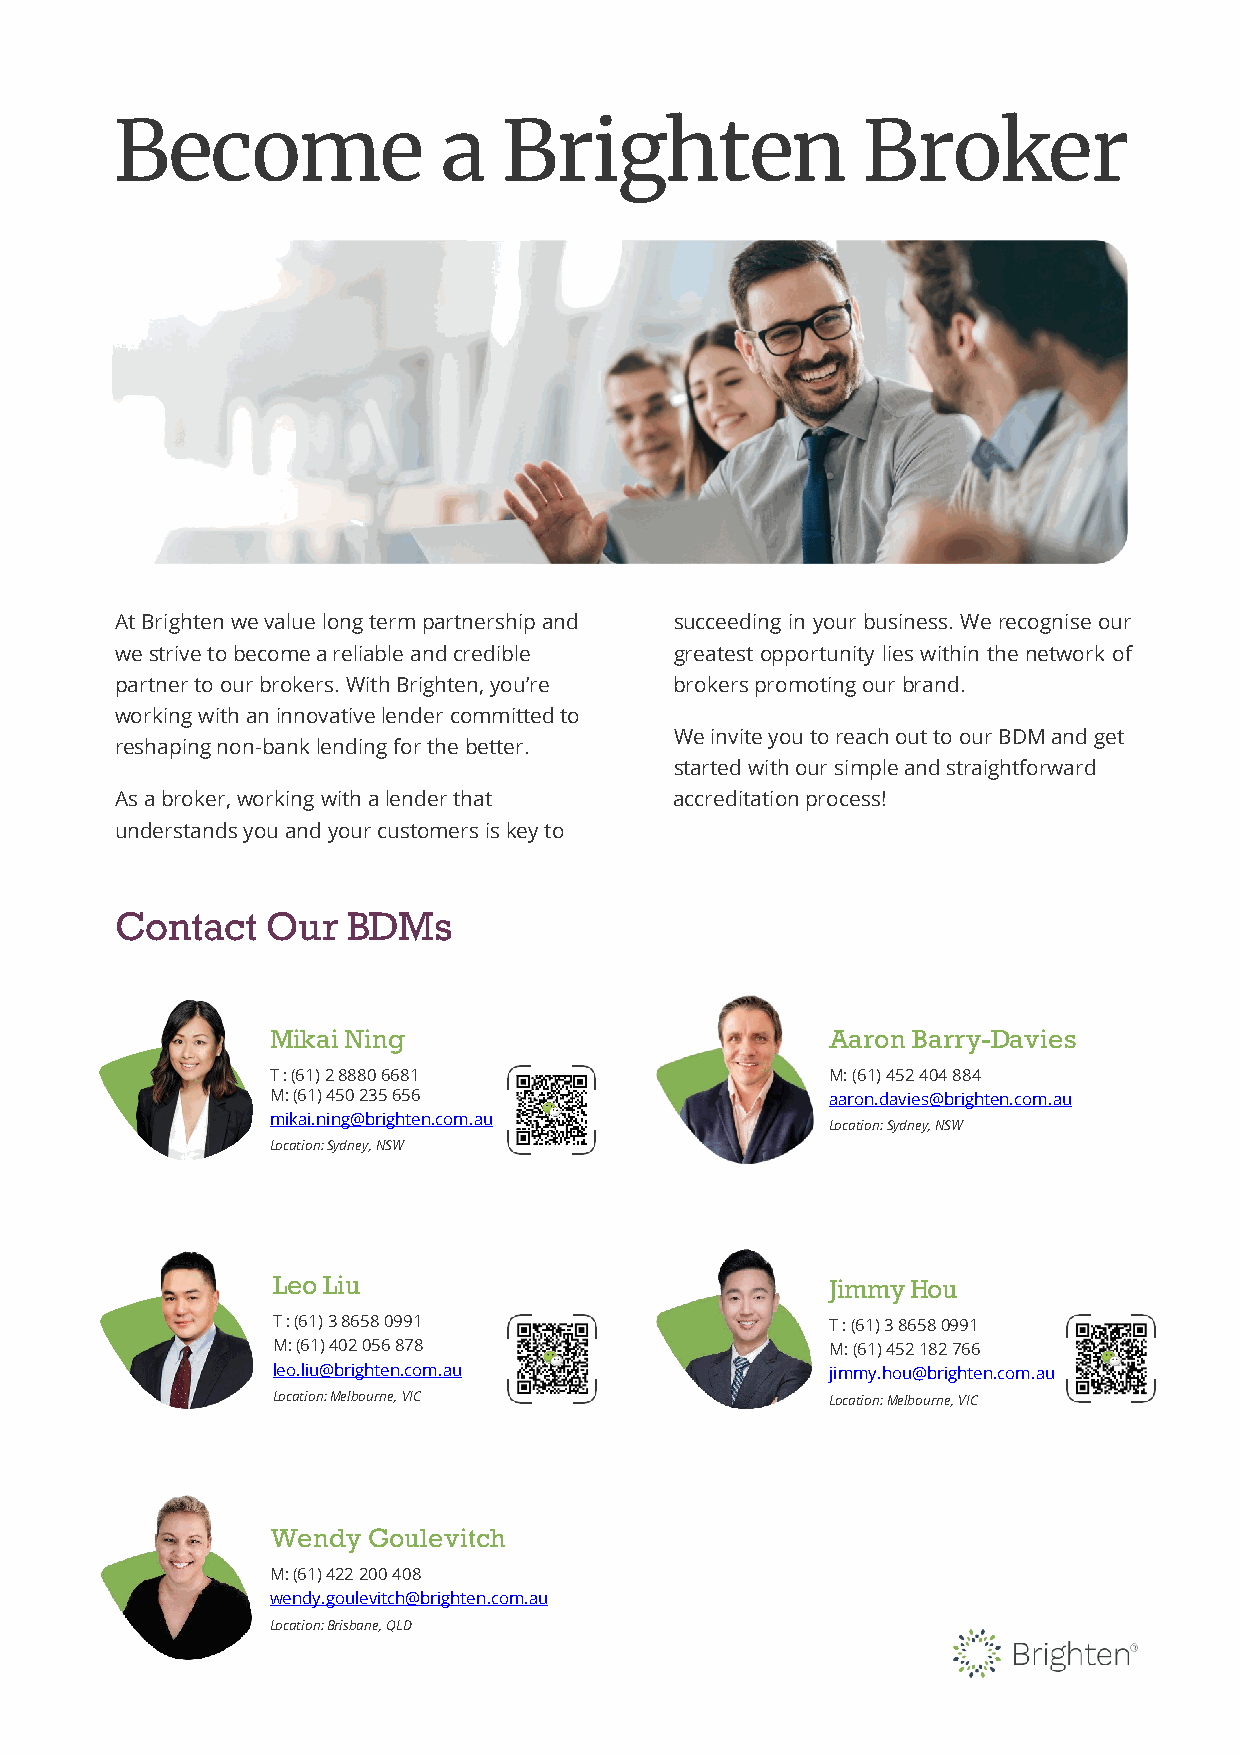
Become                a   Brighten                Broker
 AtBrightenwevaluelongtermpartnershipand succeeding in your business. We recognise our
 westrivetobecomea reliable andcredible greatest opportunity lies within the network of
 partnertoourbrokers.WithBrighten,you’re brokerspromotingourbrand.
 workingwithaninnovativelendercommittedto
 WeinviteyoutoreachouttoourBDMandget
 reshaping non-banklendingforthebetter.
 started withour simpleandstraightforward
 Asabroker,workingwithalenderthat     accreditation process!
 understandsyouandyourcustomersiskeyto
 Contact   Our  BDMs
 MikaiNing                            Aaron Barry-Davies
 T:(61)288806681                      M: (61) 452 404 884
 M:(61)450235656                      aaron.davies@brighten.com.au
 mikai.ning@brighten.com.au
 Location:Sydney,NSW
 Location:Sydney,NSW
 LeoLiu                               JimmyHou
 T:(61)386580991                      T:(61)386580991
 M:(61)402056878                      M:(61)452182766
 leo.liu@brighten.com.au              jimmy.hou@brighten.com.au
 Location:Melbourne,VIC               Location:Melbourne,VIC
 Wendy Goulevitch
 M:(61)422 200 408
 wendy.goulevitch@brighten.com.au
 Location:Brisbane, QLD
 9